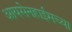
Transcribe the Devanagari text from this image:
आयसेनहाईमच्या